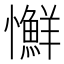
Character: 𢥌